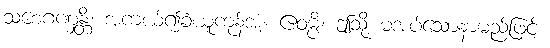
သစေဂဏှန္တိ၊ အကယ်၍ခံယူကုန်အံ့။ ဧဝမ္ပိ၊ ဤသို့ မအပ်သောနာမည်ဖြင့်